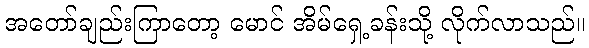
အတော်ချည်းကြာတော့ မောင် အိမ်ရှေ့ခန်းသို့ လိုက်လာသည်။